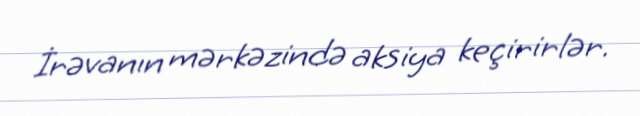
İrəvanın mərkəzində aksiya keçirirlər.